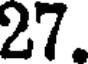
27.